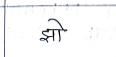
मजकूर: झो